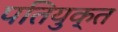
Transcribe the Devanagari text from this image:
पतियुक्त